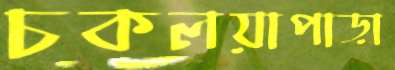
চকলয়াপাড়া